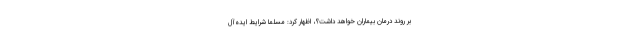
بر روند درمان بیماران خواهد داشت؟، اظهار کرد: مسلما شرایط ایده‌آلِ